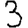
Digit: 3